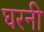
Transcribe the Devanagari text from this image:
घरनी